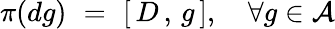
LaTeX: \pi(dg)\, \, =\, \, [\, D\, ,\, g\, ],\, \, \, \, \, \, \forall g\in{\cal A}